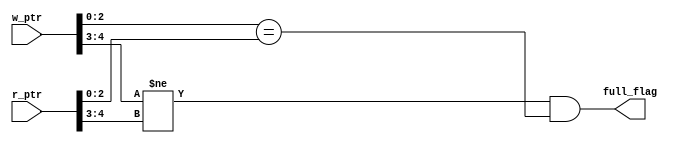
module full_check (
    input wire [4:0]  w_ptr,
    input wire [4:0]  r_ptr,
    output wire       full_flag
);

assign full_flag=(w_ptr[4:3]!=r_ptr[4:3] && w_ptr[2:0]==r_ptr[2:0]);

endmodule